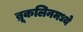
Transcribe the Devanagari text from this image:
ब्रूकलिनमध्ये